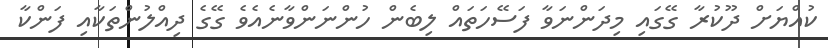
ކުއްޔަށް ދޫކުރާ ގޭގައި މިދަންނަވާ ފަސޭހަތައް ލިބެން ހުންނަންވާނެއެވެ ގޭގެ ދިއްލުންތަކާއި ފަންކާ